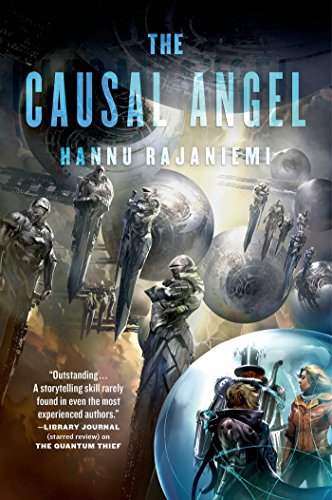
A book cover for The Causal Angel (Jean le Flambeur); Hannu Rajaniemi; Science Fiction & Fantasy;